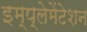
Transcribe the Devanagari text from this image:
इम्प्लेमेंटेशन